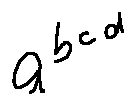
a ^ { b ^ { c ^ { d } } }